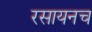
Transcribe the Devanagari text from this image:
रसायनच